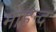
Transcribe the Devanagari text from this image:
मोहन्द